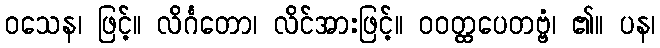
ဝသေန၊ ဖြင့်။ လိင်္ဂတော၊ လိင်အားဖြင့်။ ဝဝတ္ထပေတဗ္ဗံ၊ ၏။ ပန၊